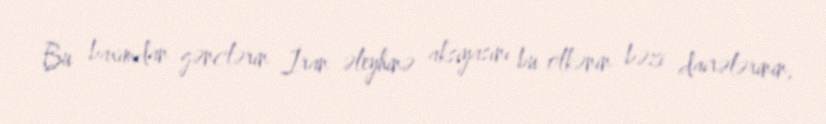
Bu baxımdan gənclərin İran əleyhinə aksiyasını bu ölkənin bəzi dairələrinin,